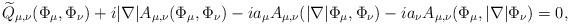
LaTeX: \begin{align*}\widetilde{Q}_{\mu, \nu} (\Phi_{\mu}, \Phi_{\nu}) + i |\nabla| A_{\mu, \nu} (\Phi_{\mu}, \Phi_{\nu}) - i a_{\mu} A_{\mu, \nu}(|\nabla| \Phi_{\mu}, \Phi_{\nu}) - i a_{\nu} A_{\mu, \nu} (\Phi_{\mu}, |\nabla| \Phi_{\nu}) = 0,\end{align*}